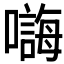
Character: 𱕒